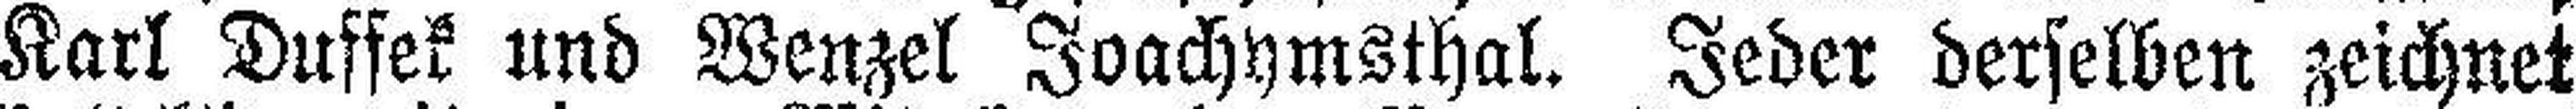
Karl Duffek und Wenzel Joachymsthal. Jeder derselben zeichnet